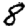
Digit: 8